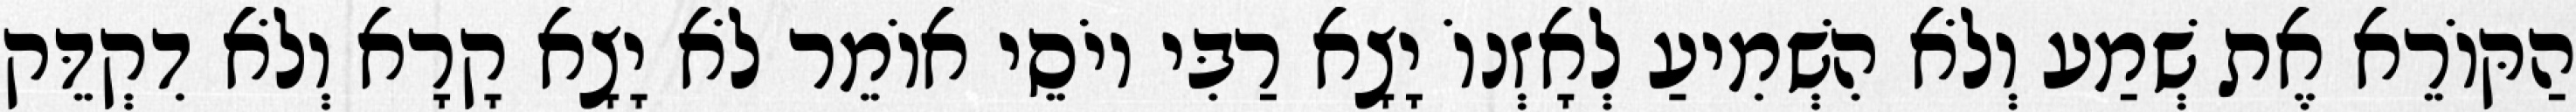
הַקּוֹרֵא אֶת שְׁמַע וְלֹא הִשְׁמִיעַ לְאָזְנוֹ יָצָא רַבִּי יוֹסֵי אוֹמֵר לֹא יָצָא קָרָא וְלֹא דִקְדֵּק